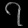
Digit: ၇